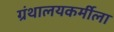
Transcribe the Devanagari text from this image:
ग्रंथालयकर्मीला